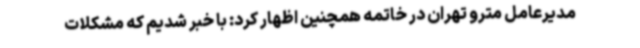
مدیرعامل مترو تهران در خاتمه همچنین اظهار کرد: با خبر شدیم که مشکلات